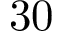
3 0